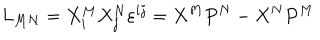
L _ { M N } = X _ { i } ^ { M } X _ { j } ^ { N } \varepsilon ^ { i j } = X ^ { M } P ^ { N } - X ^ { N } P ^ { M }